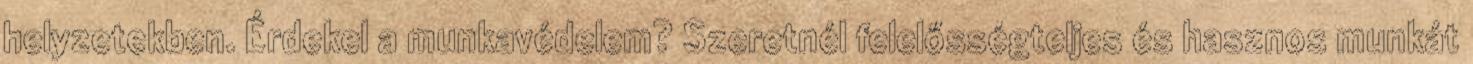
helyzetekben. Érdekel a munkavédelem? Szeretnél felelősségteljes és hasznos munkát